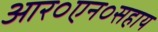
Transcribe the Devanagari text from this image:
आर०एन०सहाय